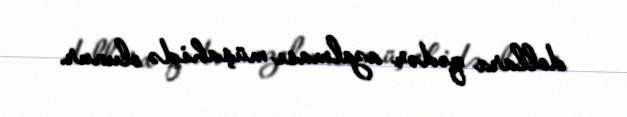
dollara qədər azalması müşahidə olunur.